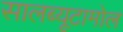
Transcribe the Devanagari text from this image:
सालब्यूटामोल